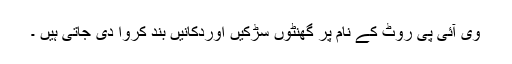
وی آئی پی روٹ کے نام پر گھنٹوں سڑکیں اوردکانیں بند کروا دی جاتی ہیں ۔